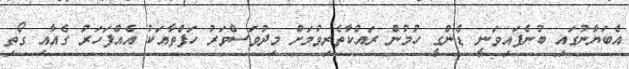
އެބަޔާނުގައި ބުނެފައިވަނީ ޑެންގީ ހުމުން ރައްކާތެރިވުމަށް މިދުވަސްވަރު ހަފްތާއަކު އެއްފަހަރު ގެއާއި ގޯތި